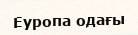
Еуропа одағы